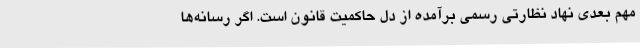
مهم بعدی نهاد نظارتی رسمی برآمده از دل حاکمیت قانون است. اگر رسانه‌ها